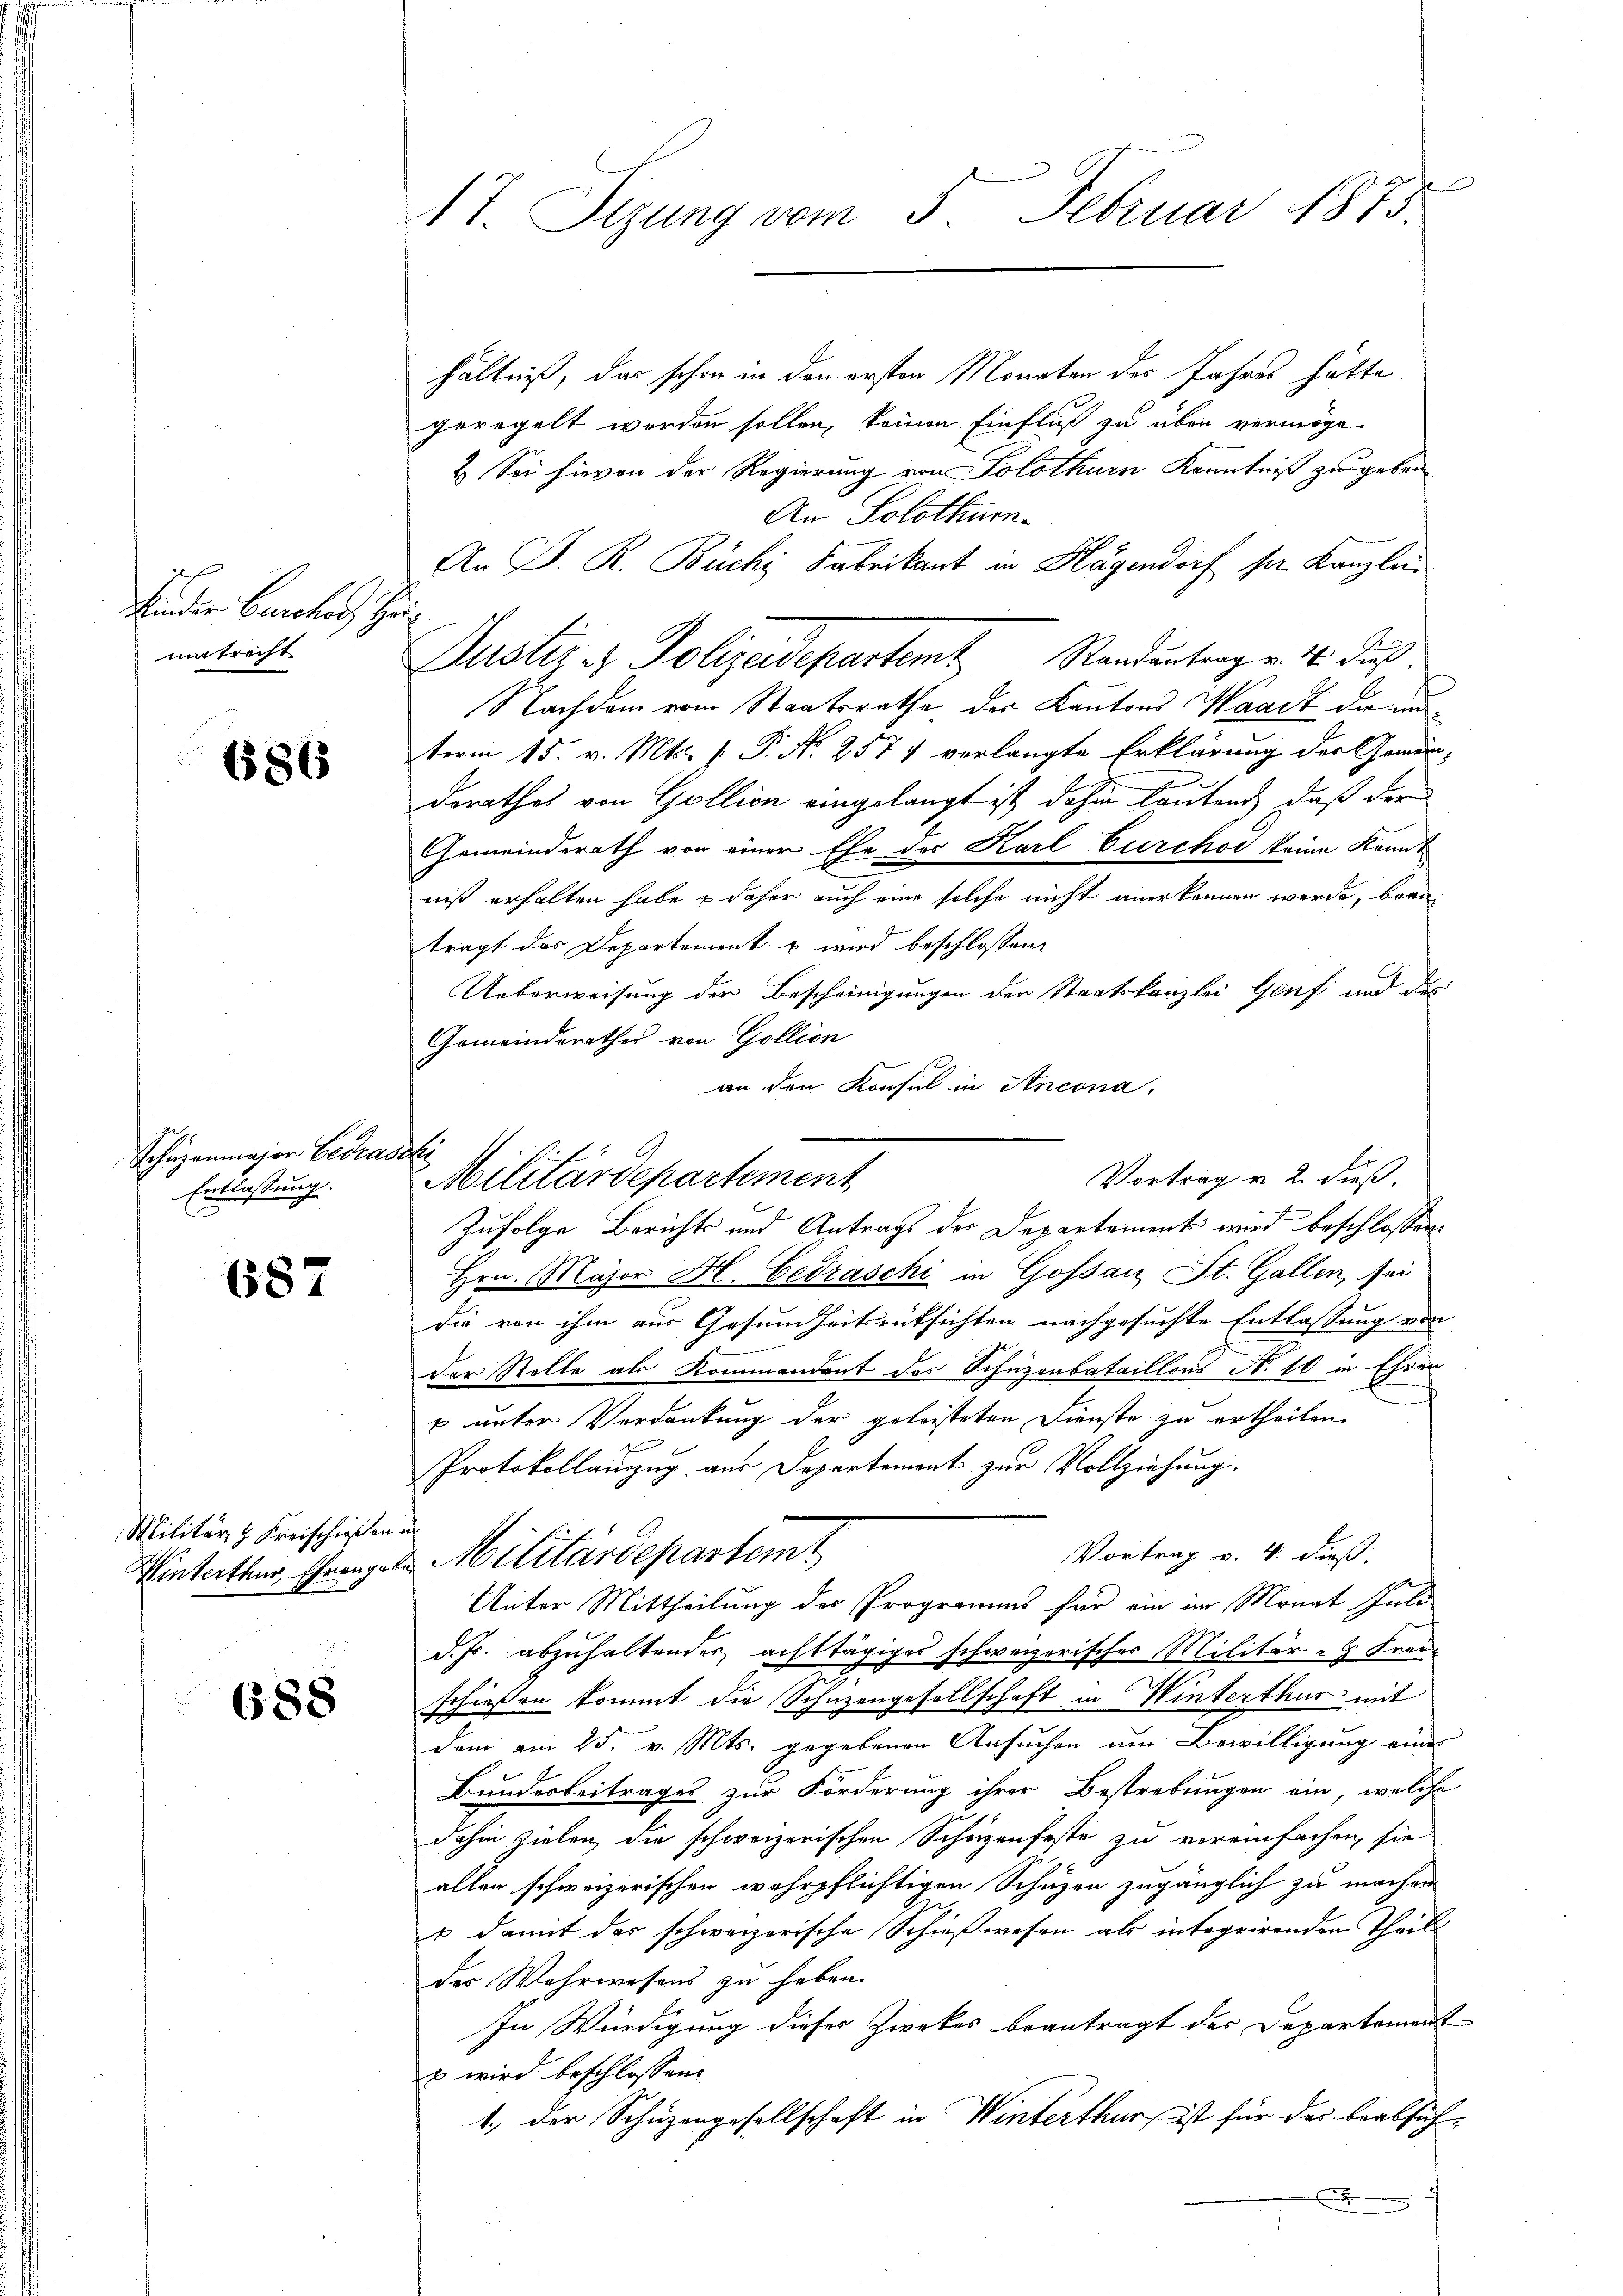
Kinder Buches He
matrecht

6586

Schuzanmajor Gedraschi
Entlassung.

687

Militär- & Kreischießen in

688

1t. Sizung vom 5. Februar 1873

hältniß, das schon in den ersten Monaten des Jahres hätte
geregelt worden sollen, keinen Einfluß zu über vermöge
2. Sei hievon der Regierung von Solothurn Kenntniß zu geben
An Solothur
An J. R. Büchi Fabrikant in Hagendorf sie Kanzlei¬
¬
Justiz- & Polizeidepartamt Standentrag u. 10. dur
Nachdem vom Staatsrathe der Kantons Waadt die nunterm 15. v. Mts. f. P. Nr. 257 7 verlangte Erklärung der Gemeinderathes von Gollion eingelangt ist, dahin lautend, daß der
Gemeinderath von einer Ehe der Karl Circhov keine Kannniß erhalten habe & daher auch eine solche nicht anerkennen werde, bran-
trägt das Departement & wird beschlossen:
Ueberweisung der Bescheinigungen der Staatskanzlei Genf und des
Gemeinderathes von Gollion
an den Konsul in Ancona.
Vortrag u. 2. dieß
Militärdepartement
Zufolge Berichts und Antrags des Departement wird beschlossen.
Hrn. Major H. Gedraschi in Gossau St. Gallen, sei
die von ihm aus Gesundheitsrüksichten nachgesuchte Entlassung von
der Stelle als Kommendent des Schuzenbataillons N. 10 in Ehren
h
u unter Verdankung der geleisteten Dienste zu ertheilen.
Protokollauszug aus Departement zur Vollziehung.
Vortrag v. 4. dieß,
Winterthur, Ehrengel Militärdepartem
Unter Mittheilung des Programms für ein im Monat Inte
d. Js. abzuhaltendes achttägiges schweizerisches Militär- & Franz
schießen kommt die Schuzengesellschaft in Winterthur mit
dem am 25. v. Mts. gegebenen Ansuchen um Bewilligung eines
Bunderbeitrages zur Forderung ihrer Bestrebungen ein, welche
dahin zielen, die schweizerischen Schüzenfeste zu vereinfachen, sie
allen schweizerischen wehrpflichtigen Schüzen zugänglich zu machen
u damit das schweizerische Schießwesen als integrirenden Theil
der Wahrwesens zu haben.
In Würdigung dieses Zirkes beantragt des Departement
s wird beschlossen:
1., der Schüzengesellschaft in Winterthur ist für das beabsichx